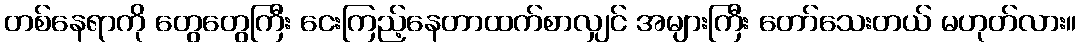
တစ်နေရာကို တွေတွေကြီး ငေးကြည့်နေတာထက်စာလျှင် အများကြီး တော်သေးတယ် မဟုတ်လား။